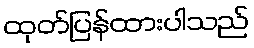
ထုတ်ပြန်ထားပါသည်